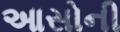
આસોની